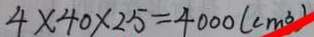
4 \times 4 0 \times 2 5 = 4 0 0 0 ( c m ^ { 3 } )